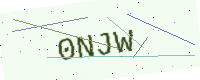
Text: 0NJW